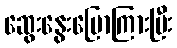
ဆွေးနွေးပြောကြားပြီး